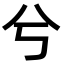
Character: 兮